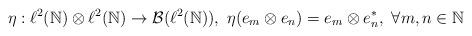
LaTeX: \begin{align*}\eta:\ell^2(\mathbb{N})\otimes\ell^2(\mathbb{N})\to{\cal{B}}(\ell^2(\mathbb{N})),\ \eta(e_m\otimes e_n)=e_m\otimes e^*_n,\ \forall m,n\in\mathbb{N}\end{align*}